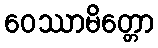
ဝေဿာမိတ္တော